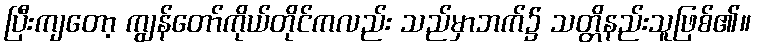
ပြီးကျတော့ ကျွန်တော်ကိုယ်တိုင်ကလည်း သည်မှာဘက်၌ သတ္တိနည်းသူဖြစ်၏။